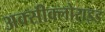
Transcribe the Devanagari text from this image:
अक्‍सीक्‍लोराइड